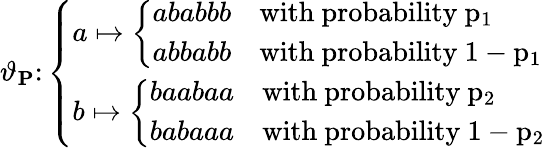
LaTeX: \vartheta_{\mathbf{P}}\colon\left\{ \begin{array}{ll}{a\mapsto\left\{ \begin{array}{ll}{ababbb}&{\mathrm{with~probability~p_1~}}\\ {abbabb}&{\mathrm{with~probability~1-p_1~}}\end{array}\right.}\\ {b\mapsto\left\{ \begin{array}{ll}{baabaa}&{\mathrm{with~probability~p_2~}}\\ {babaaa}&{\mathrm{with~probability~1-p_2~}}\end{array}\right.}\end{array}\right.